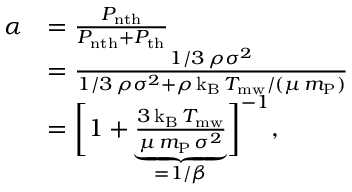
\begin{array} { r l } { \alpha } & { = \frac { P _ { \mathrm { n t h } } } { P _ { \mathrm { n t h } } + P _ { \mathrm { t h } } } } \\ & { = \frac { 1 / 3 \, \rho \sigma ^ { 2 } } { 1 / 3 \, \rho \sigma ^ { 2 } + \rho \, \mathrm { k _ { B } } \, T _ { \mathrm { m w } } / ( \mu \, m _ { \mathrm { P } } ) } } \\ & { = \biggl [ 1 + \underbrace { \frac { 3 \, \mathrm { k _ { B } } \, T _ { \mathrm { m w } } } { \mu \, m _ { \mathrm { P } } \, \sigma ^ { 2 } } } _ { = 1 / \beta } \biggr ] ^ { - 1 } , } \end{array}